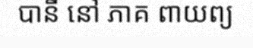
បានី នៅ ភាគ ពាយព្យ